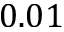
0 . 0 1